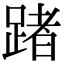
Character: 踷